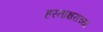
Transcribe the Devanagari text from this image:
हस्ताक्षराच्या